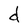
Character: d